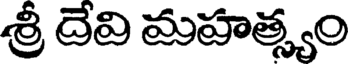
శ్రీ దెవి మహత్స్యం